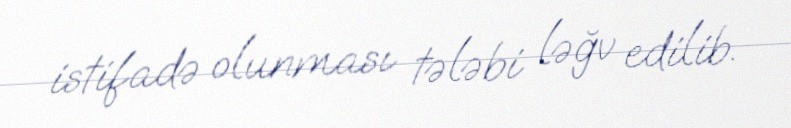
istifadə olunması tələbi ləğv edilib.